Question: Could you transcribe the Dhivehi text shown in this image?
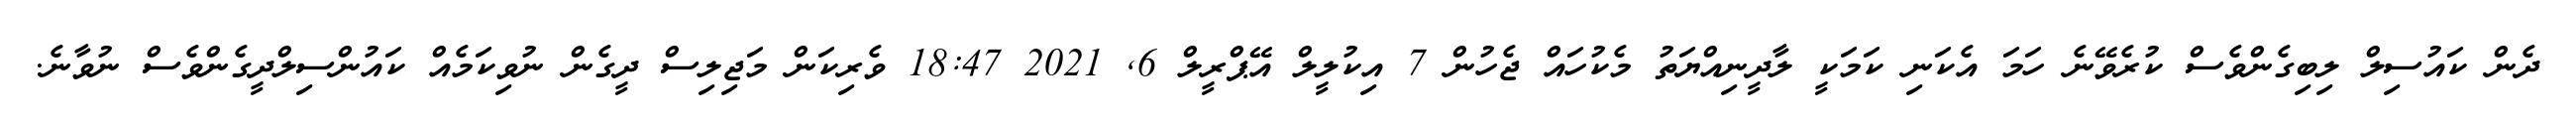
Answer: ދެން ކައުސިލް ލިބިގެންވެސް ކުރެވޭނެ ހަމަ އެކަނި ކަމަކީ ލާދީނިއްޔަތު މެކުހައް ޖެހުން 7 އިކުލީލް އޭޕްރީލް 6, 2021 18:47 ވެރިކަން މަޖިލިސް ދީގެން ނުވިކަމެއް ކައުންސިލްދީގެންވެސް ނުވާނެ.